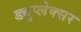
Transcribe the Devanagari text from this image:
ड्युप्लेक्सर